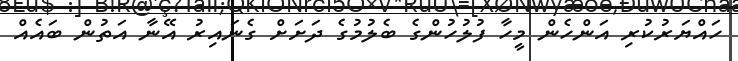
ހައްޔަރުކުރި އަންހެން މީހާ ފުލުހުންގެ ބެލުމުގެ ދަށަށް ގެނައިރު އޭނާ އަތުން ބައެއް